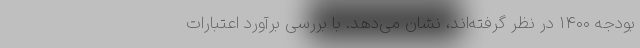
بودجه ۱۴۰۰ در نظر گرفته‌اند، نشان می‌دهد. با بررسی برآورد اعتبارات